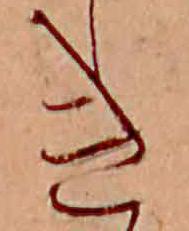
き